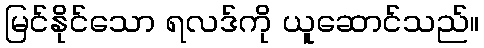
မြင်နိုင်သော ရလဒ်ကို ယူဆောင်သည်။